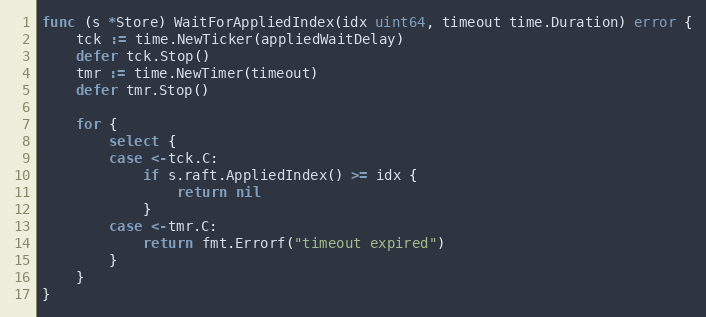
Language: Go
func (s *Store) WaitForAppliedIndex(idx uint64, timeout time.Duration) error {
	tck := time.NewTicker(appliedWaitDelay)
	defer tck.Stop()
	tmr := time.NewTimer(timeout)
	defer tmr.Stop()

	for {
		select {
		case <-tck.C:
			if s.raft.AppliedIndex() >= idx {
				return nil
			}
		case <-tmr.C:
			return fmt.Errorf("timeout expired")
		}
	}
}